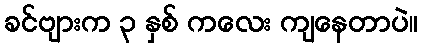
ခင်ဗျားက ၃ နှစ် ကလေး ကျနေတာပဲ။